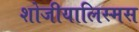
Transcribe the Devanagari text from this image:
शोजीयालिस्मस